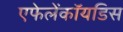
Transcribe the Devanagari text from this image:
एफेलेंकॉयडिस